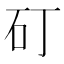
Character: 矴